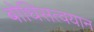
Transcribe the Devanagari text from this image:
बोधिसत्वयान